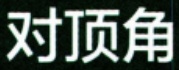
对顶角